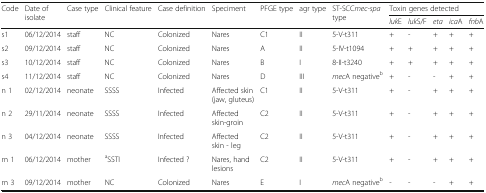
<table><thead><tr><td rowspan="2"><b>Code</b></td><td rowspan="2"><b>Date of isolate</b></td><td rowspan="2"><b>Case type</b></td><td rowspan="2"><b>Clinical feature</b></td><td rowspan="2"><b>Case definition</b></td><td rowspan="2"><b>Speciment</b></td><td rowspan="2"><b>PFGE type</b></td><td rowspan="2"><b>agr type</b></td><td rowspan="2"><b>ST-SCC<i>mec-spa</i> type</b></td><td colspan="5"><b>Toxin genes detected</b></td></tr><tr><td><b><i>luk</i>E</b></td><td><b><i>luk</i>S/F</b></td><td><b><i>eta</i></b></td><td><b><i>ica</i>A</b></td><td><b><i>fnb</i>A</b></td></tr></thead><tbody><tr><td>s1</td><td>06/12/2014</td><td>staff</td><td>NC</td><td>Colonized</td><td>Nares</td><td>C1</td><td>II</td><td>5-V-t311</td><td>+</td><td>-</td><td>+</td><td>+</td><td>+</td></tr><tr><td>s2</td><td>09/12/2014</td><td>staff</td><td>NC</td><td>Colonized</td><td>Nares</td><td>A</td><td>II</td><td>5-IV-t1094</td><td>+</td><td>+</td><td>+</td><td>+</td><td>+</td></tr><tr><td>s3</td><td>10/12/2014</td><td>staff</td><td>NC</td><td>Colonized</td><td>Nares</td><td>B</td><td>I</td><td>8-II-t3240</td><td>+</td><td>+</td><td>+</td><td>+</td><td>+</td></tr><tr><td>s4</td><td>11/12/2014</td><td>staff</td><td>NC</td><td>Colonized</td><td>Nares</td><td>D</td><td>III</td><td><i>mec</i>A negative<sup>b</sup></td><td>+</td><td>-</td><td>-</td><td>+</td><td>+</td></tr><tr><td>n 1</td><td>02/12/2014</td><td>neonate</td><td>SSSS</td><td>Infected</td><td>Affected skin (jaw, gluteus)</td><td>C1</td><td>II</td><td>5-V-t311</td><td>+</td><td>-</td><td>+</td><td>+</td><td>+</td></tr><tr><td>n 2</td><td>29/11/2014</td><td>neonate</td><td>SSSS</td><td>Infected</td><td>Affected skin-groin</td><td>C2</td><td>II</td><td>5-V-t311</td><td>+</td><td>-</td><td>+</td><td>+</td><td>+</td></tr><tr><td>n 3</td><td>04/12/2014</td><td>neonate</td><td>SSSS</td><td>Infected</td><td>Affected skin - leg</td><td>C2</td><td>II</td><td>5-V-t311</td><td>+</td><td>-</td><td>+</td><td>+</td><td>+</td></tr><tr><td>m 1</td><td>06/12/2014</td><td>mother</td><td><sup>a</sup>SSTI</td><td>Infected ?</td><td>Nares, hand lesions</td><td>C2</td><td>II</td><td>5-V-t311</td><td>+</td><td>-</td><td>+</td><td>+</td><td>+</td></tr><tr><td>m 3</td><td>09/12/2014</td><td>mother</td><td>NC</td><td>Colonized</td><td>Nares</td><td>E</td><td>I</td><td><i>mec</i>A negative<sup>b</sup></td><td>-</td><td>-</td><td>-</td><td>+</td><td>+</td></tr></tbody></table>